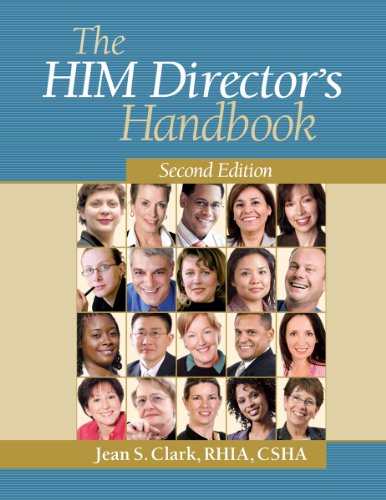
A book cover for The HIM Director's Handbook, Second Edition; HCPro; Medical Books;